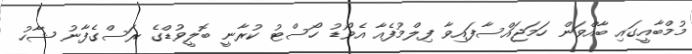
މުމްބާއީގައި ބާއްވަން ހަމަޖައްސާފައިވާ ފިލްމުފެއާ އެވޯޑު ހޯސްޓު ކުރާނީ ބޮލީވުޑްގެ ރަސްގެފާނު ޝާހު